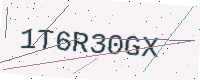
Text: 1T6R30GX